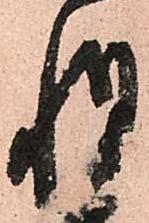
惶